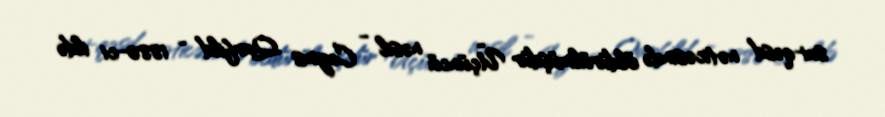
sui-qəsd nəticəsində öldürülmüşdür Üçüncü nəsil - Ceyms Qarfild - 1880-ci ildə